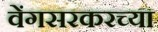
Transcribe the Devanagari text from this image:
वेंगसरकरच्या